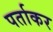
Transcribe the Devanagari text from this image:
पर्ताकर